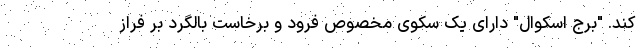
کند. "برج اسکوال" دارای یک سکوی مخصوص فرود و برخاست بالگرد بر فراز